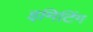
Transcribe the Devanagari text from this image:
इमिटिंग